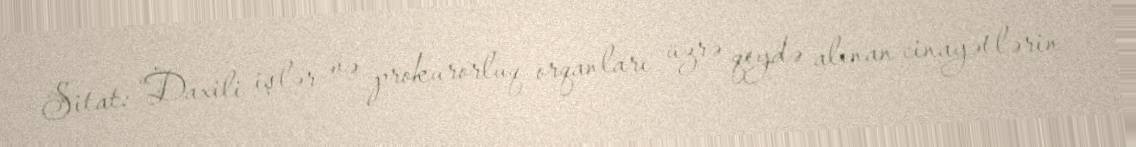
Sitat: “Daxili işlər və prokurorluq orqanları üzrə qeydə alınan cinayətlərin